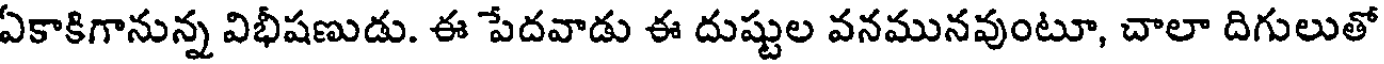
ఏకాకిగానున్న విభీషణుడు. ఈ పేదవాడు ఈ దుష్టుల వనమునవుంటూ, చాలా దిగులుతో